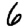
Digit: 6